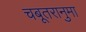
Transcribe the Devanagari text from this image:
चबूतरानुमा